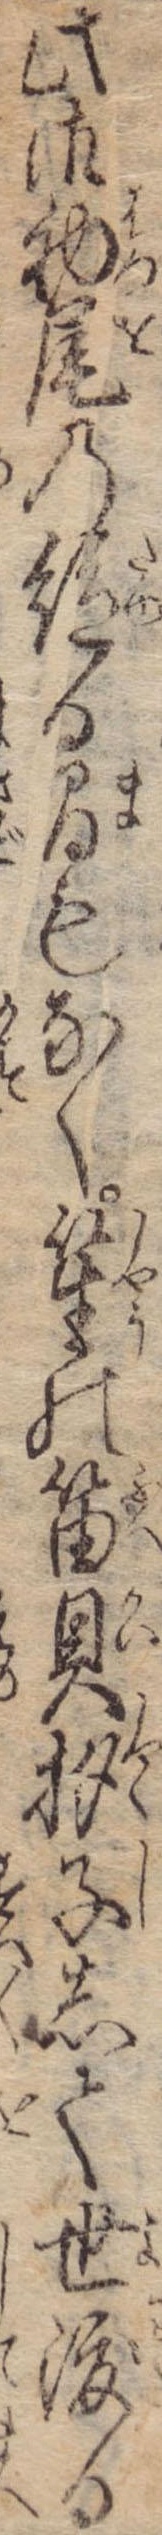
此御初尾の絶る間もなく笙の笛貝子して世渡る